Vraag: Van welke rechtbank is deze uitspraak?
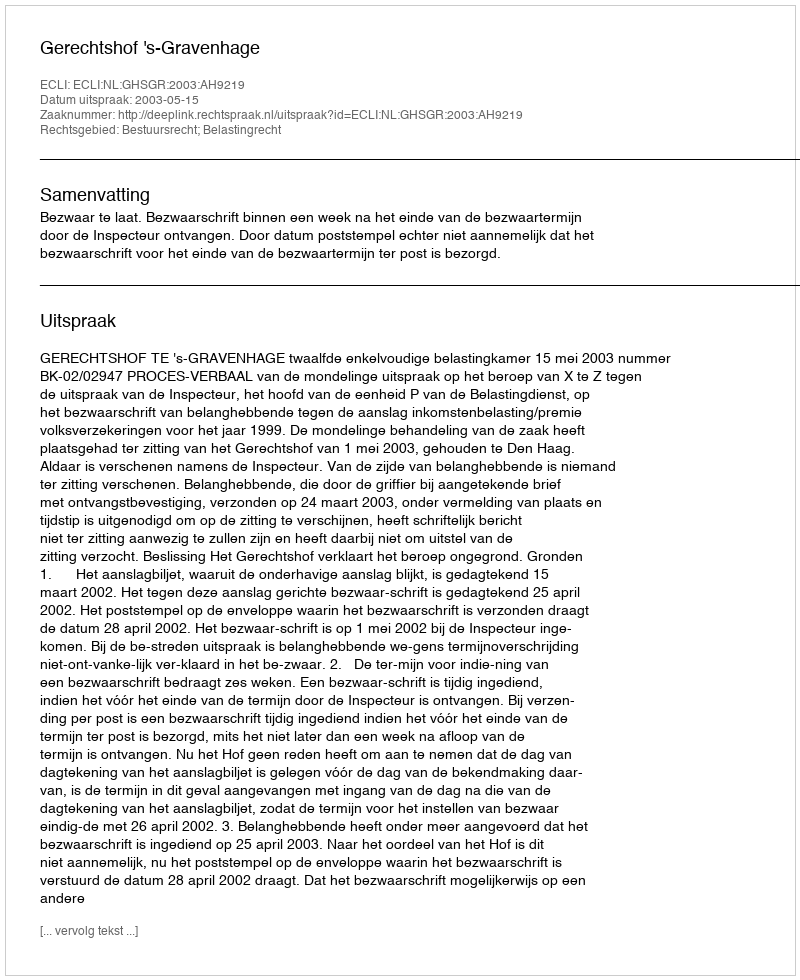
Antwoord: Gerechtshof 's-Gravenhage